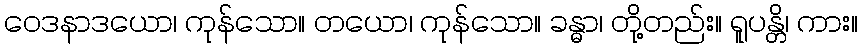
ဝေဒနာဒယော၊ ကုန်သော။ တယော၊ ကုန်သော။ ခန္ဓာ၊ တို့တည်း။ ရူပန္တိ၊ ကား။